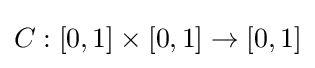
C:[0,1]\times [0,1]\rightarrow [0,1]